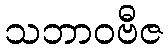
သဘာဝဗီဇ